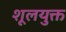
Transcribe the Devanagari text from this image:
शूलयुक्त